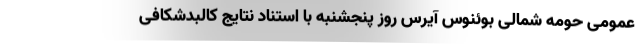
عمومی حومه شمالی بوئنوس آیرس روز پنجشنبه با استناد نتایج کالبدشکافی